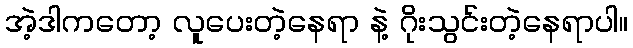
အဲ့ဒါကတော့ လူပေးတဲ့နေရာ နဲ့ ဂိုးသွင်းတဲ့နေရာပါ။